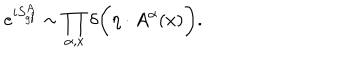
e ^ { i S _ { \mathrm { g f } } ^ { A } } \sim \prod _ { \alpha , x } \delta \biggl ( \eta \cdot A ^ { \alpha } ( x ) \biggr ) .